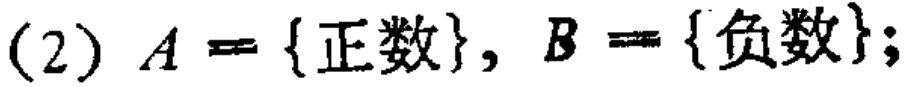
(2) \(A = \{正数\}, B = \{负数\}\);